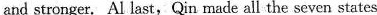
and stronger. Al last, Qin made all the seven states